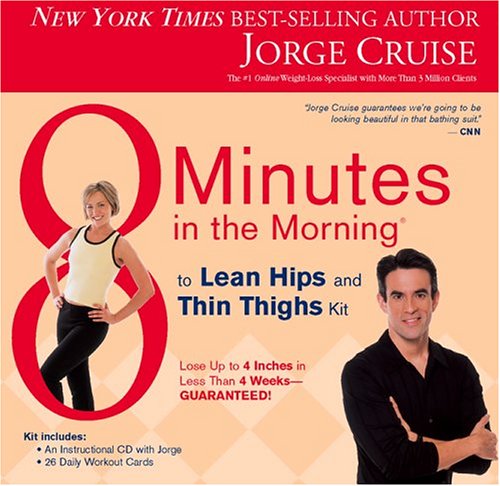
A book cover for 8 Minutes in the Morning to Lean Hips and Thin Thighs Kit; Jorge Cruise; Health, Fitness & Dieting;